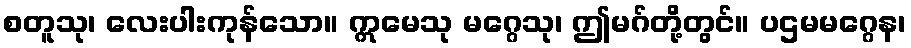
စတူသု၊ လေးပါးကုန်သော။ ဣမေသု မဂ္ဂေသု၊ ဤမဂ်တို့တွင်။ ပဌမမဂ္ဂေန၊